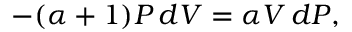
- ( \alpha + 1 ) P \, d V = \alpha V \, d P ,